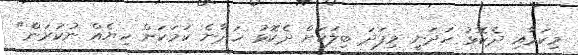
މިކަމާއި ދެކޮޅު ހަދަނީ މިފަދަ ބިލަކަށް ދެކޮޅު ހަދާނެ ކަމަކަށް ހިޔެއް ނުކުރަން"